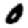
Digit: 0